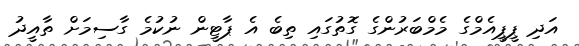
އަދި ޕީޕީއެމްގެ މެމްބަރުންގެ ގޮތުގައި ތިބެ އެ ޕާޓީން ނުކުމެ ގާސިމަށް ތާއީދު